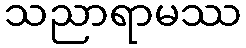
သညာရာမဿ